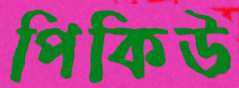
পিকিউ